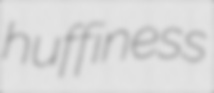
huffiness